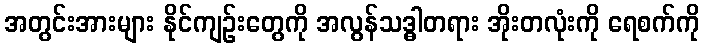
အတွင်းအားများ နိုင်ကျဉ်းတွေကို အလွန်သဒ္ဓါတရား အိုးတလုံးကို ရေစက်ကို